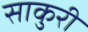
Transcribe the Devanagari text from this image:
साकुरी